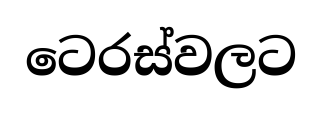
ටෙරස්වලට